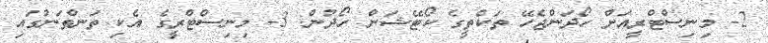
2- މިނިސްޓްރީއަށް ހޯދަންޖެހޭ ތަކެތީގެ ކޯޓޭޝަން ހޯދުން. 3- މިނިސްޓްރީގެ އެކި ތަންތަނުގައި